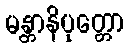
မန္တာနိပုတ္တော